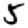
Digit: 5